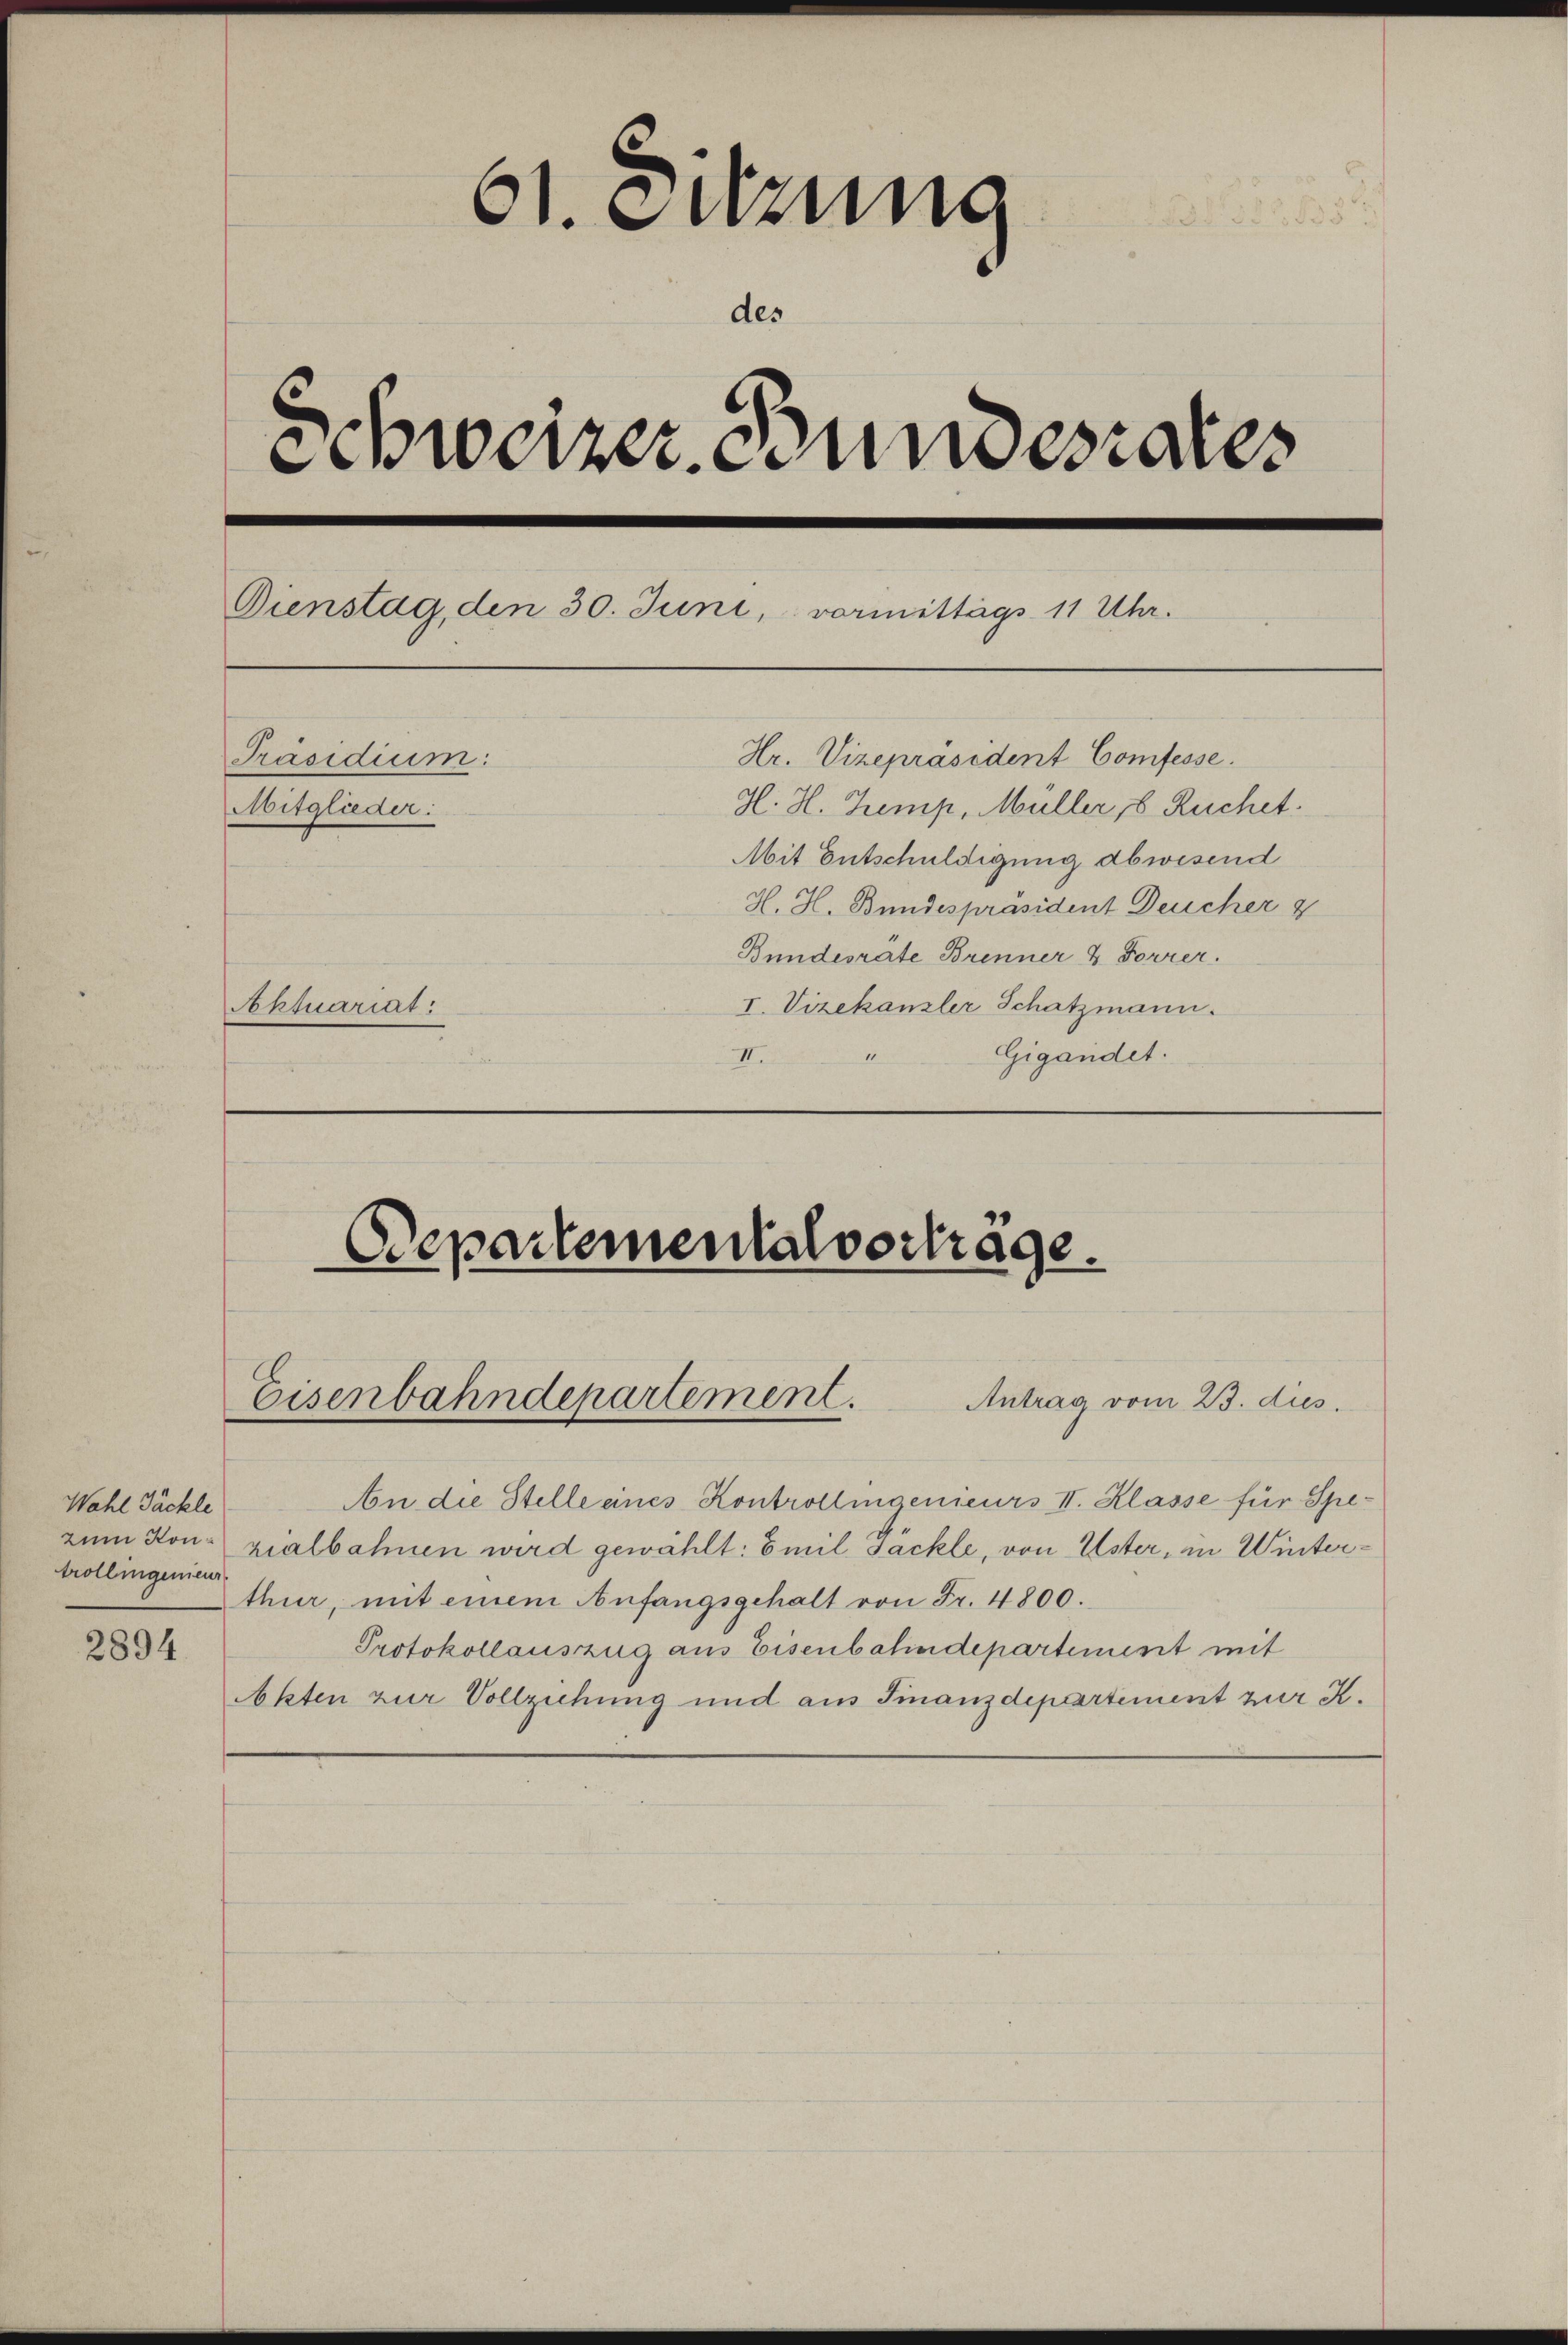
Wahl Päckle
trollingenieur

2894

61. Dezung
 855

des
Schweizer undesrates
Dienstag, den 30. Juni, vormittags 11 Uhr.
Hr. Vizepräsident Confesse.
Präsidium:
H. H. Zemp, Müller, 8 Ruchet.
Mitglieder:
Mit Entschuldigung abwesend
H. H. Bundespräsident Deucher
Bundesrate Brenner & Forrer.
I. Vizekanzler Schatzmann.
Aktuariat
Gigandet.
II.
1

Departementalverträge.

Eisenbahndepartement.
Antrag vom 23. dus.

An die Stelle eines Kontrollingenieurs II. Klasse für Spezum Konzialbahnen wird gewählt: Emil Täckle, von Uster, in Winterthur, mit einem Anfangsgehalt von Fr. 4800.
Protokollauszug aus Eisenbahndepartement mit
Akten zur Vollziehung und aus Finanzdepartement zur K.